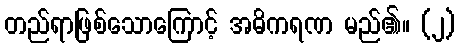
တည်ရာဖြစ်သောကြောင့် အဓိကရဏ မည်၏။ (၂)